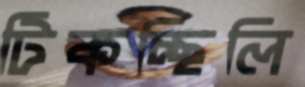
টিকচ্ছিলি